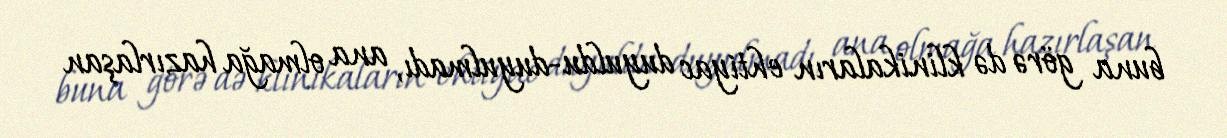
buna görə də klinikaların ehtiyac duyuldu-duyulmadı, ana olmağa hazırlaşan